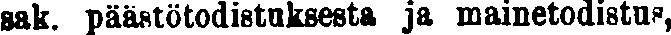
sak. päästötodistuksesta ja mainetodistus,